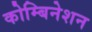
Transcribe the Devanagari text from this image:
कोम्बिनेशन